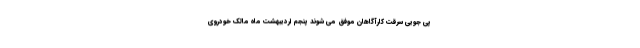
پی جویی سرقت کارآگاهان موفق می شوند پنجم اردیبهشت ماه مالک خودروی